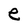
Character: e